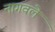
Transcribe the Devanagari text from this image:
नागवले